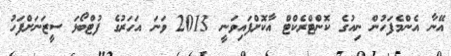
އޭނާ އެންމެފަހުން ނިއުގެ ކޮންޓްރެކްޓް އާކޮށްފައިވަނީ 2013 ވަނަ އަހަރުގެ ފުޓްބޯޅަ ސީޒަނަށްފަހު